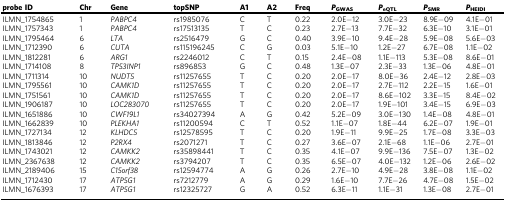
<table><thead><tr><td><b>probe ID</b></td><td><b>Chr</b></td><td><b>Gene</b></td><td><b>topSNP</b></td><td><b>A1</b></td><td><b>A2</b></td><td><b>Freq</b></td><td><b><i>P</i><sub>GWAS</sub></b></td><td><b><i>P</i><sub>eQTL</sub></b></td><td><b><i>P</i><sub>SMR</sub></b></td><td><b><i>P</i><sub>HEIDI</sub></b></td></tr></thead><tbody><tr><td>ILMN_1754865</td><td>1</td><td><i>PABPC4</i></td><td>rs1985076</td><td>C</td><td>T</td><td>0.22</td><td>2.0E−12</td><td>3.0E−23</td><td>8.9E−09</td><td>4.1E−01</td></tr><tr><td>ILMN_1757343</td><td>1</td><td><i>PABPC4</i></td><td>rs17513135</td><td>T</td><td>C</td><td>0.23</td><td>2.7E−13</td><td>7.7E−32</td><td>6.3E−10</td><td>3.1E−01</td></tr><tr><td>ILMN_1795464</td><td>6</td><td><i>LTA</i></td><td>rs2516479</td><td>G</td><td>C</td><td>0.40</td><td>3.9E−10</td><td>9.4E−28</td><td>5.9E−08</td><td>5.6E−03</td></tr><tr><td>ILMN_1712390</td><td>6</td><td><i>CUTA</i></td><td>rs115196245</td><td>C</td><td>G</td><td>0.03</td><td>5.1E−10</td><td>1.2E−27</td><td>6.7E−08</td><td>1.1E−02</td></tr><tr><td>ILMN_1812281</td><td>6</td><td><i>ARG1</i></td><td>rs2246012</td><td>C</td><td>T</td><td>0.15</td><td>2.4E−08</td><td>1.1E−113</td><td>5.3E−08</td><td>8.6E−01</td></tr><tr><td>ILMN_1714108</td><td>8</td><td><i>TP53INP1</i></td><td>rs896853</td><td>G</td><td>C</td><td>0.48</td><td>1.3E−07</td><td>2.3E−33</td><td>1.3E−06</td><td>4.8E−01</td></tr><tr><td>ILMN_1711314</td><td>10</td><td><i>NUDT5</i></td><td>rs11257655</td><td>T</td><td>C</td><td>0.20</td><td>2.0E−17</td><td>8.0E−36</td><td>2.4E−12</td><td>2.8E−03</td></tr><tr><td>ILMN_1795561</td><td>10</td><td><i>CAMK1D</i></td><td>rs11257655</td><td>T</td><td>C</td><td>0.20</td><td>2.0E−17</td><td>2.7E−112</td><td>2.2E−15</td><td>1.6E−01</td></tr><tr><td>ILMN_1751561</td><td>10</td><td><i>CAMK1D</i></td><td>rs11257655</td><td>T</td><td>C</td><td>0.20</td><td>2.0E−17</td><td>8.6E−102</td><td>3.3E−15</td><td>8.4E−02</td></tr><tr><td>ILMN_1906187</td><td>10</td><td><i>LOC283070</i></td><td>rs11257655</td><td>T</td><td>C</td><td>0.20</td><td>2.0E−17</td><td>1.9E−101</td><td>3.4E−15</td><td>6.9E−03</td></tr><tr><td>ILMN_1651886</td><td>10</td><td><i>CWF19L1</i></td><td>rs34027394</td><td>A</td><td>G</td><td>0.42</td><td>5.2E−09</td><td>3.0E−130</td><td>1.4E−08</td><td>4.8E−01</td></tr><tr><td>ILMN_1662839</td><td>10</td><td><i>PLEKHA1</i></td><td>rs11200594</td><td>C</td><td>T</td><td>0.52</td><td>1.1E−07</td><td>1.8E−44</td><td>6.2E−07</td><td>1.9E−01</td></tr><tr><td>ILMN_1727134</td><td>12</td><td><i>KLHDC5</i></td><td>rs12578595</td><td>T</td><td>C</td><td>0.20</td><td>1.9E−11</td><td>9.9E−25</td><td>1.7E−08</td><td>3.3E−03</td></tr><tr><td>ILMN_1813846</td><td>12</td><td><i>P2RX4</i></td><td>rs2071271</td><td>T</td><td>C</td><td>0.27</td><td>3.6E−07</td><td>2.1E−68</td><td>1.1E−06</td><td>2.7E−01</td></tr><tr><td>ILMN_1743021</td><td>12</td><td><i>CAMKK2</i></td><td>rs35898441</td><td>T</td><td>C</td><td>0.35</td><td>4.1E−07</td><td>9.9E−136</td><td>7.5E−07</td><td>1.3E−02</td></tr><tr><td>ILMN_2367638</td><td>12</td><td><i>CAMKK2</i></td><td>rs3794207</td><td>T</td><td>C</td><td>0.35</td><td>6.5E−07</td><td>4.0E−132</td><td>1.2E−06</td><td>2.6E−02</td></tr><tr><td>ILMN_2189406</td><td>15</td><td><i>C15orf38</i></td><td>rs12594774</td><td>A</td><td>G</td><td>0.26</td><td>2.7E−10</td><td>4.9E−28</td><td>3.8E−08</td><td>1.1E−02</td></tr><tr><td>ILMN_1712430</td><td>17</td><td><i>ATP5G1</i></td><td>rs7212779</td><td>A</td><td>G</td><td>0.29</td><td>1.6E−10</td><td>7.7E−26</td><td>4.7E−08</td><td>1.5E−02</td></tr><tr><td>ILMN_1676393</td><td>17</td><td><i>ATP5G1</i></td><td>rs12325727</td><td>G</td><td>A</td><td>0.52</td><td>6.3E−11</td><td>1.1E−31</td><td>1.3E−08</td><td>2.7E−01</td></tr></tbody></table>